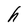
Character: h